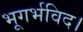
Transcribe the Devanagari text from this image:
भूगर्भविद।